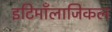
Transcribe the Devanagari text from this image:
इटिमाँलाजिकल